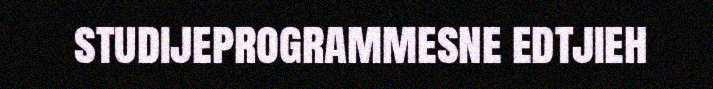
studijeprogrammesne edtjieh